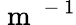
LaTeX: \mathrm{~m~}^{\mathrm{~-~}1}